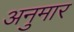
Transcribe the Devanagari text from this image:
अनुमार